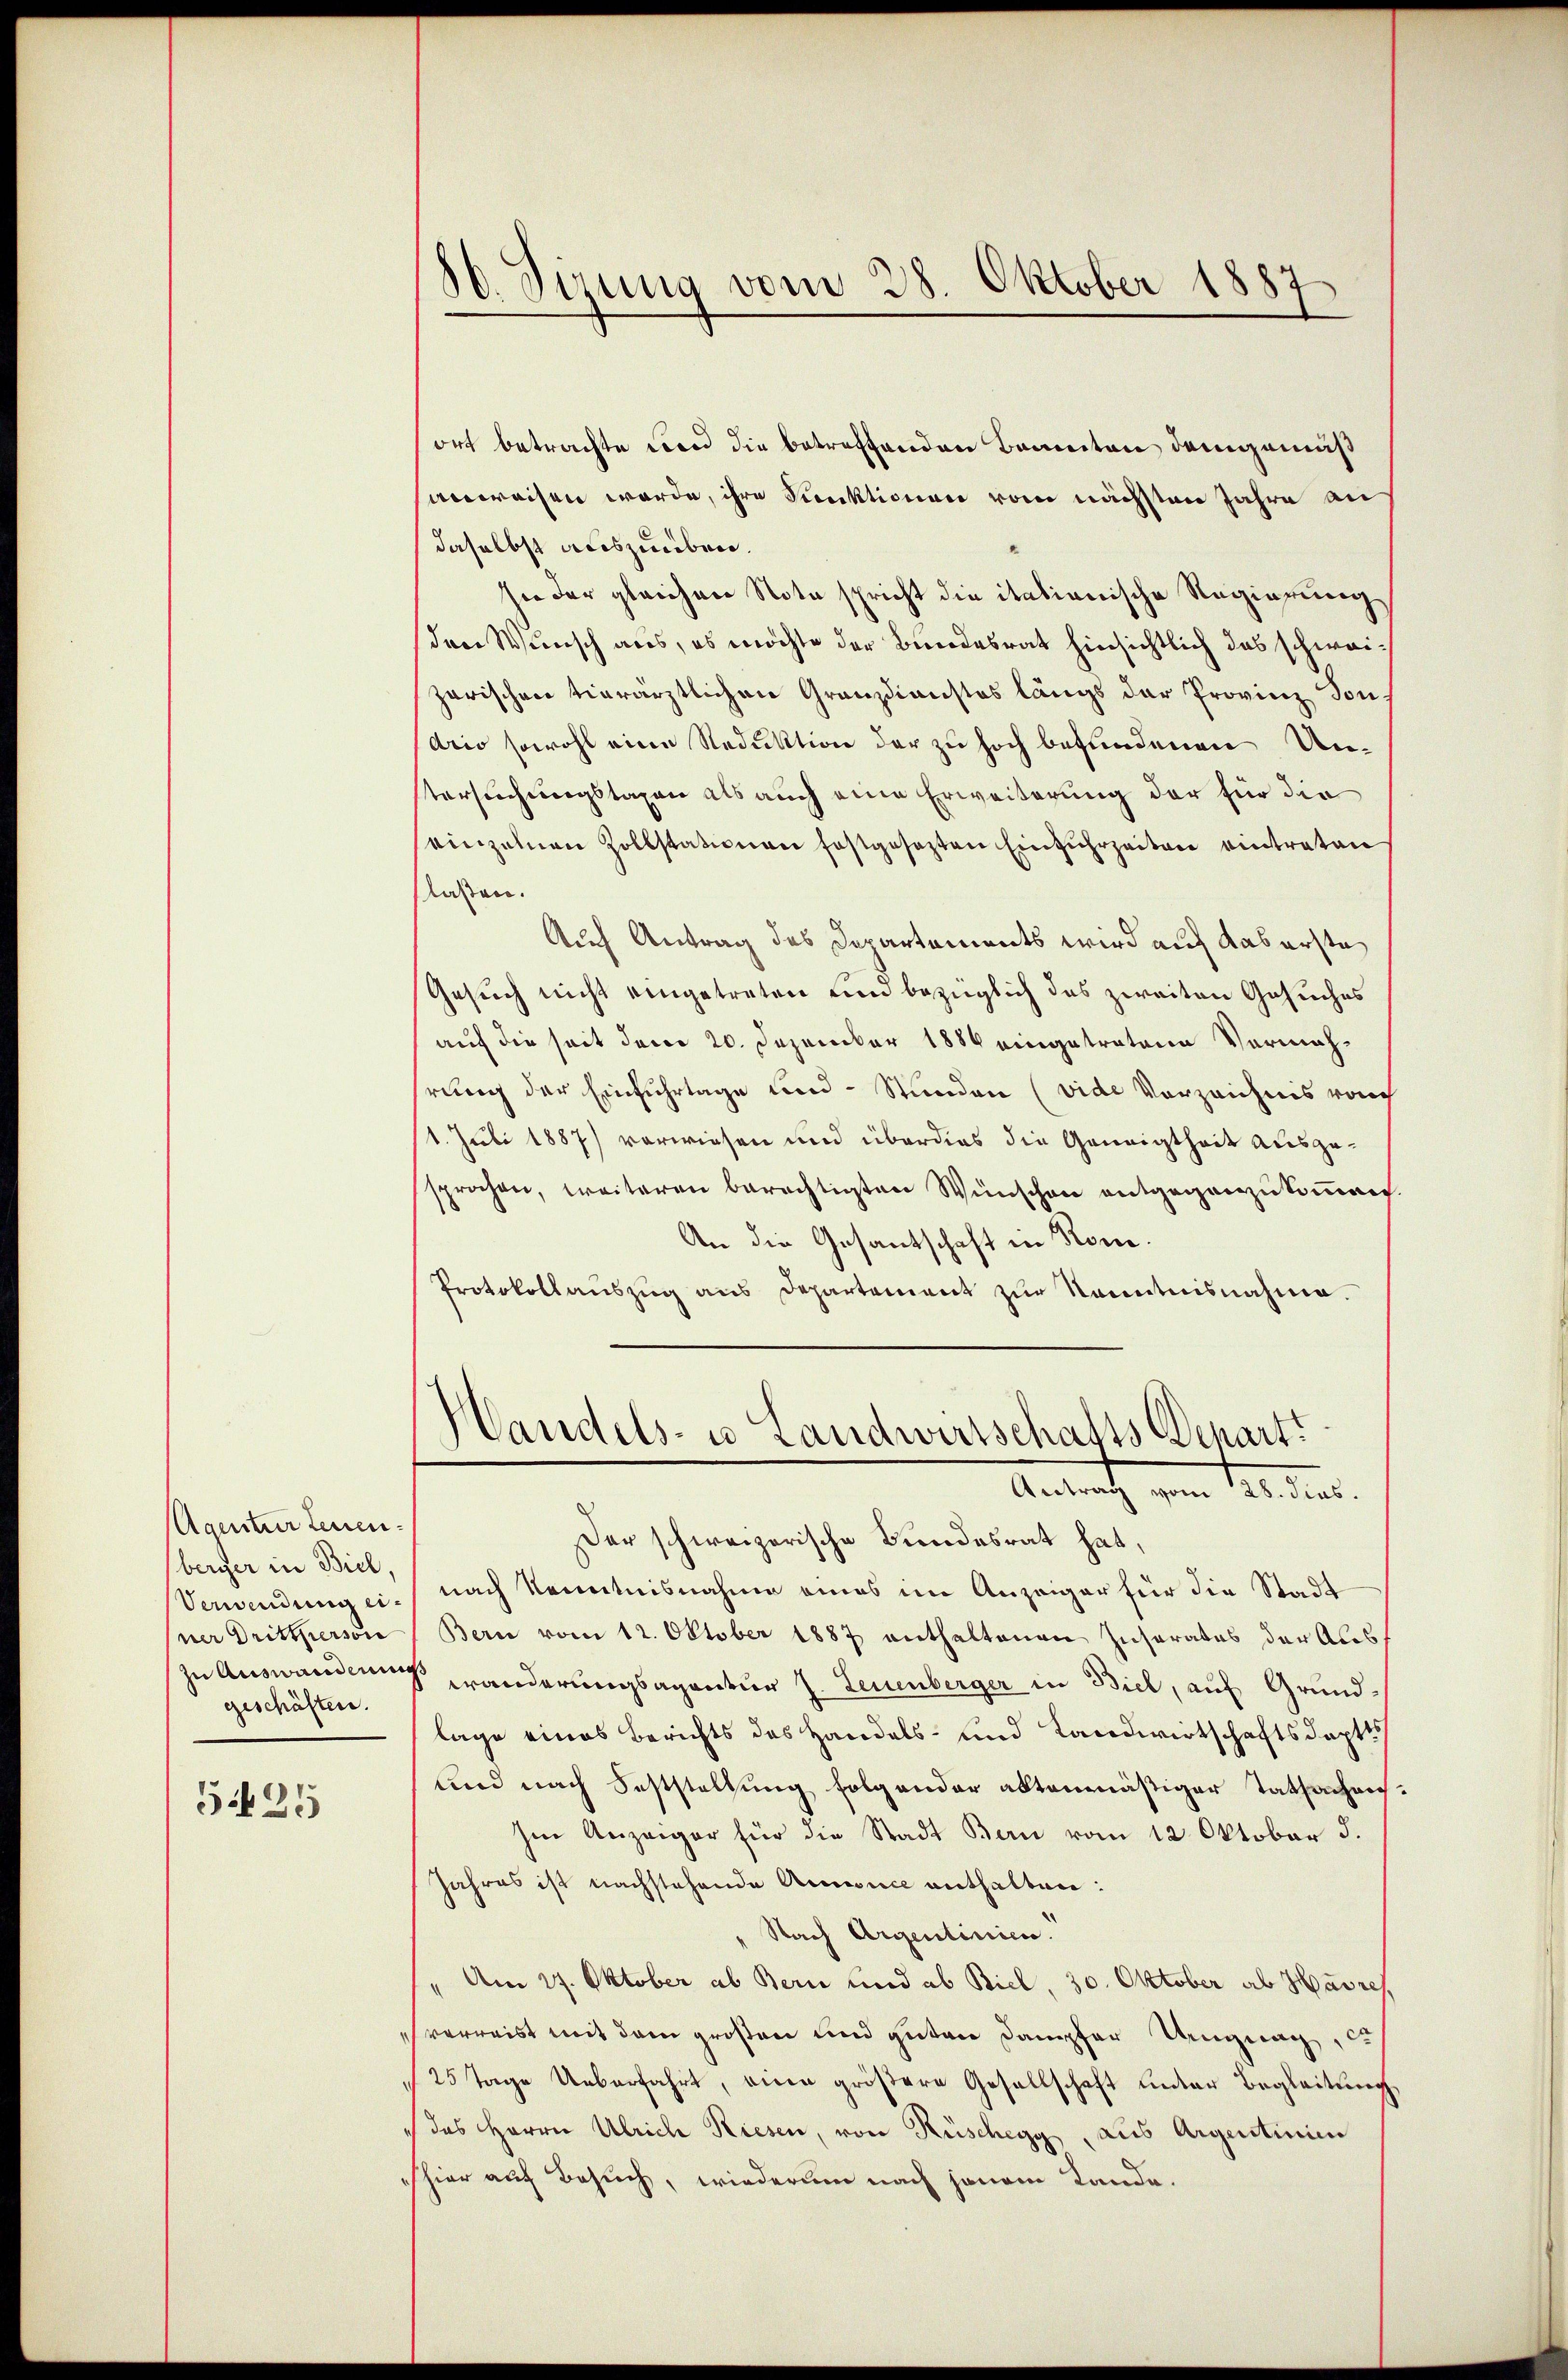
Agentur Leuen-
berger in Biel,
Verwendung einer Drittperson
geschäften.
525

.
Otzung vom 28. Oktober 1887

ort betrachte Fond die betreffenden Beweiten demgemäß
anweisen werde, ihre Punktionen vom nächsten Jahre an
daselbst auszuüben.
sie der gleichen Nota spricht die itationische Regierung
den Wunsch aus, es möchte der Bundesrat hinsichtlich das schweizarischen vierärztlichen Granzdienstes längs der Provinz Sons
drio sowohl eine Reduktion der zu hoch befundenen Unstersuchungstaxen als auch eine Erweiterung der für die
einzelnen Zollstationen festgesezten Einzŭhrzeiten eintraten
laßen.
Auf Antrag des Departements wird auf Kaserste
Gesuch nicht eingetreten und bezüglich das zweiten Gesuches
auf die seit dem 20. Dezember 1886 eingetretene Vormahrung der Einfuhrtage und Stunden (vide Vorzeichnis vouch
1. Juli 1887) verwiesen und überdies die Geneigtheit ausgesprochen, weiteren berechtigten Wünschen entgegenzukommen.
An die Gesantschaft in Rom.
Protokollaŭszŭg ans Departement zŭr Kenntnisnahme.
Handels- u Landwirtschafts Departi
Antracht vom 14. der
Der schweizerische Bundesrat hat,
nach Kenntnisnahme eines im Anzeiger für die Stadt
Bern vom 12. Oktober 1887 enthaltenen Insorates der Auszu Auswandlung anderungsagentur h. Leuenberger in Biel, auf Grundlage eines Berichts des Handels- und Landwirtschaftsdept
und nach Feststellung folgender altenmäßiger Tatsachens¬
Im Anzeiger für die Stadt Bern vom 12. Oktober d.
Jahres ist nachstehende Annonce enthalten:
Nach Argentinien.
Am 27. Oktober ab Bern und ab Biel, 30. Oktober ab Havre,
verreist mit dem großen und guten Dampfer Ungung, di
25 Tage Ueberfahrt, eine größere Gesellschaft unter Begleitung,
" des Herrn Ulriche Riesen, von Rüschegg aus Argentinie
shier auf Besuch, wiederum nach jenem Lande.